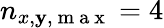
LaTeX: n_{x,\mathbf{y},\mathrm{{~m~a~x~}}}=4